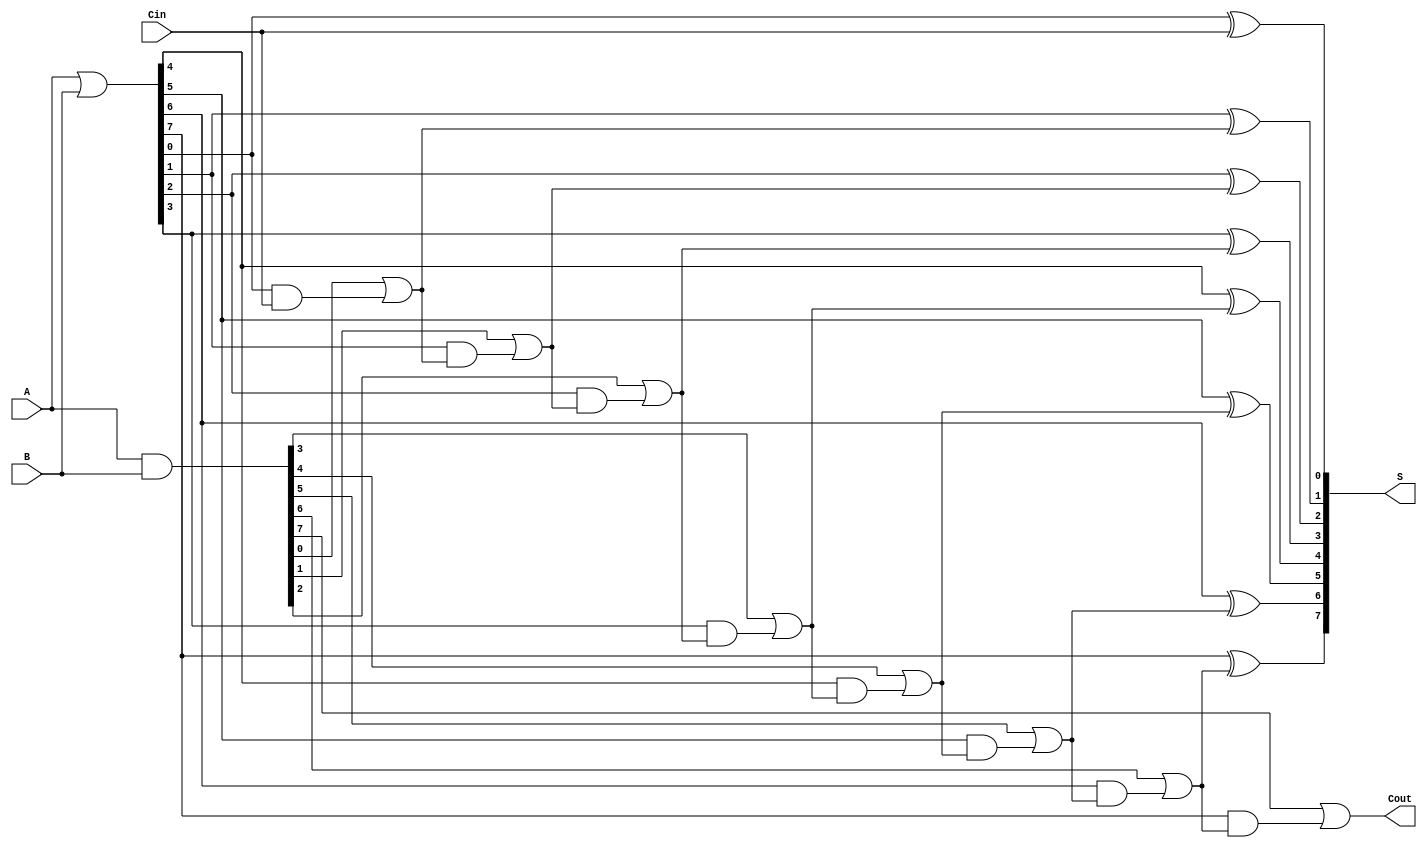
module brent_kung_adder #(
    parameter N = 8  // Parameter for the bit width
)(
    input  [N-1:0] A,     // First operand
    input  [N-1:0] B,     // Second operand
    input         Cin,     // Carry input
    output [N-1:0] S,     // Sum output
    output        Cout     // Carry output
);
    wire [N-1:0] G;       // Generate signals
    wire [N-1:0] P;       // Propagate signals
    wire [N:0] C;         // Carry signals (C[0] = Cin)

    // Generate and propagate signals
    assign G = A & B;
    assign P = A | B;

    // Carry signals initialization
    assign C[0] = Cin;

    // Carry Generation (Brent-Kung structure)
    genvar i, j;
    generate
        // First level of carry calculation
        for (i = 0; i < N; i = i + 1) begin : carry_gen
            assign C[i+1] = G[i] | (P[i] & C[i]);
        end
        
        // The final carry out
        assign Cout = C[N];
        
        // Sum calculation
        for (j = 0; j < N; j = j + 1) begin : sum_calc
            assign S[j] = P[j] ^ C[j]; // Sum bits
        end
    endgenerate

endmodule